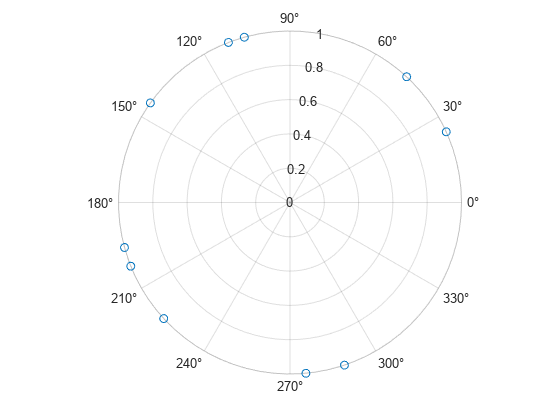
matlab, figure, polarscatter